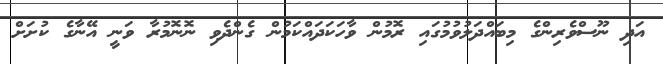
އަދި ނޫސްވެރިންގެ މިބައްދަލުވުމުގައި ރޮމުން ވާހަކަދައްކަމުން ގެންދެވި ނޮނޮމުރާ ވަނީ އޭނާގެ ކުށަށް